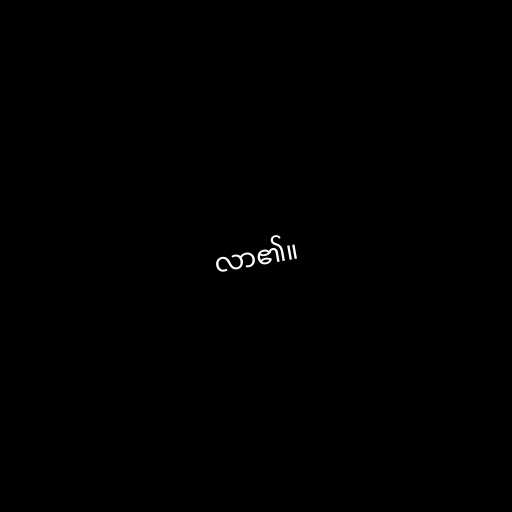
လာ၏။